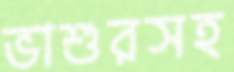
ভাশুরসহ